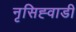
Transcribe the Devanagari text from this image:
नृसिह्वाडी